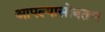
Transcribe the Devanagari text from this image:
आपल्यासोबतच